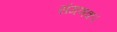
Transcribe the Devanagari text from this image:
संगणक।